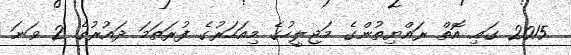
2015 ގައި އޮތް ރައްޔިތުންގެ މަޖިލީހުގެ މިއަހަރުގެ ފުރަތަމަ ދައުރުގެ 2 ވަނަ